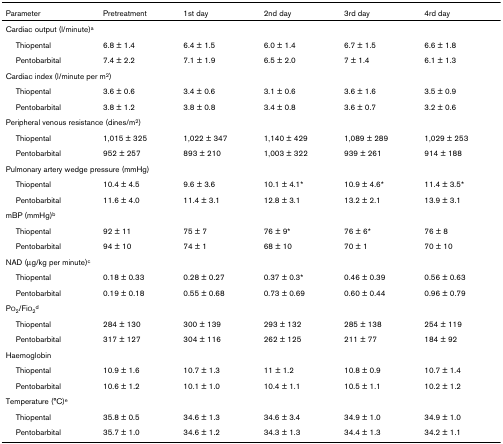
<table><thead><tr><td><b>Parameter</b></td><td><b>Pretreatment</b></td><td><b>1st day</b></td><td><b>2nd day</b></td><td><b>3rd day</b></td><td><b>4rd day</b></td></tr></thead><tbody><tr><td colspan="6">Cardiac output (l/minute)<sup>a</sup></td></tr><tr><td> Thiopental</td><td>6.8 ± 1.4</td><td>6.4 ± 1.5</td><td>6.0 ± 1.4</td><td>6.7 ± 1.5</td><td>6.6 ± 1.8</td></tr><tr><td> Pentobarbital</td><td>7.4 ± 2.2</td><td>7.1 ± 1.9</td><td>6.5 ± 2.0</td><td>7 ± 1.4</td><td>6.1 ± 1.3</td></tr><tr><td colspan="6">Cardiac index (l/minute per m<sup>2</sup>)</td></tr><tr><td> Thiopental</td><td>3.6 ± 0.6</td><td>3.4 ± 0.6</td><td>3.1 ± 0.6</td><td>3.6 ± 1.6</td><td>3.5 ± 0.9</td></tr><tr><td> Pentobarbital</td><td>3.8 ± 1.2</td><td>3.8 ± 0.8</td><td>3.4 ± 0.8</td><td>3.6 ± 0.7</td><td>3.2 ± 0.6</td></tr><tr><td colspan="6">Peripheral venous resistance (dines/m<sup>2</sup>)</td></tr><tr><td> Thiopental</td><td>1,015 ± 325</td><td>1,022 ± 347</td><td>1,140 ± 429</td><td>1,089 ± 289</td><td>1,029 ± 253</td></tr><tr><td> Pentobarbital</td><td>952 ± 257</td><td>893 ± 210</td><td>1,003 ± 322</td><td>939 ± 261</td><td>914 ± 188</td></tr><tr><td colspan="6">Pulmonary artery wedge pressure (mmHg)</td></tr><tr><td> Thiopental</td><td>10.4 ± 4.5</td><td>9.6 ± 3.6</td><td>10.1 ± 4.1*</td><td>10.9 ± 4.6*</td><td>11.4 ± 3.5*</td></tr><tr><td> Pentobarbital</td><td>11.6 ± 4.0</td><td>11.4 ± 3.1</td><td>12.8 ± 3.1</td><td>13.2 ± 2.1</td><td>13.9 ± 3.1</td></tr><tr><td colspan="6">mBP (mmHg)<sup>b</sup></td></tr><tr><td> Thiopental</td><td>92 ± 11</td><td>75 ± 7</td><td>76 ± 9*</td><td>76 ± 6*</td><td>76 ± 8</td></tr><tr><td> Pentobarbital</td><td>94 ± 10</td><td>74 ± 1</td><td>68 ± 10</td><td>70 ± 1</td><td>70 ± 10</td></tr><tr><td colspan="6">NAD (μg/kg per minute)<sup>c</sup></td></tr><tr><td> Thiopental</td><td>0.18 ± 0.33</td><td>0.28 ± 0.27</td><td>0.37 ± 0.3*</td><td>0.46 ± 0.39</td><td>0.56 ± 0.63</td></tr><tr><td> Pentobarbital</td><td>0.19 ± 0.18</td><td>0.55 ± 0.68</td><td>0.73 ± 0.69</td><td>0.60 ± 0.44</td><td>0.96 ± 0.79</td></tr><tr><td colspan="6">PO<sub>2</sub>/FiO<sub>2</sub><sup>d</sup></td></tr><tr><td> Thiopental</td><td>284 ± 130</td><td>300 ± 139</td><td>293 ± 132</td><td>285 ± 138</td><td>254 ± 119</td></tr><tr><td> Pentobarbital</td><td>317 ± 127</td><td>304 ± 116</td><td>262 ± 125</td><td>211 ± 77</td><td>184 ± 92</td></tr><tr><td colspan="6">Haemoglobin</td></tr><tr><td> Thiopental</td><td>10.9 ± 1.6</td><td>10.7 ± 1.3</td><td>11 ± 1.2</td><td>10.8 ± 0.9</td><td>10.7 ± 1.4</td></tr><tr><td> Pentobarbital</td><td>10.6 ± 1.2</td><td>10.1 ± 1.0</td><td>10.4 ± 1.1</td><td>10.5 ± 1.1</td><td>10.2 ± 1.2</td></tr><tr><td colspan="6">Temperature (°C)<sup>e</sup></td></tr><tr><td> Thiopental</td><td>35.8 ± 0.5</td><td>34.6 ± 1.3</td><td>34.6 ± 3.4</td><td>34.9 ± 1.0</td><td>34.9 ± 1.0</td></tr><tr><td> Pentobarbital</td><td>35.7 ± 1.0</td><td>34.6 ± 1.2</td><td>34.3 ± 1.3</td><td>34.4 ± 1.3</td><td>34.2 ± 1.1</td></tr></tbody></table>